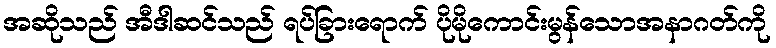
အဆိုသည် အီဒါဆင်သည် ရပ်ခြားရောက် ပိုမိုကောင်းမွန်သောအနာဂတ်ကို